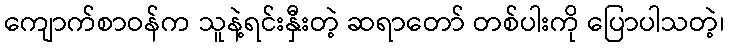
ကျောက်စာဝန်က သူနဲ့ရင်းနှီးတဲ့ ဆရာတော် တစ်ပါးကို ပြောပါသတဲ့၊